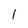
Character: 1